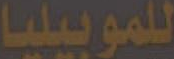
للموبيليا